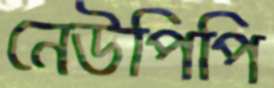
নেউপিপি